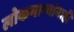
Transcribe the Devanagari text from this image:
लोकमान्‍यांनाही